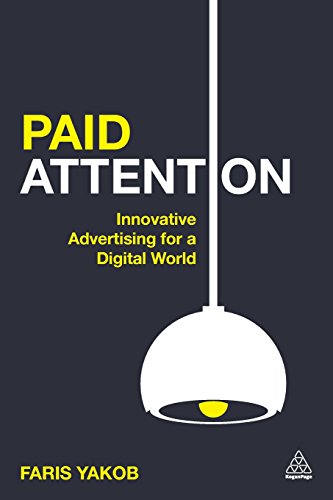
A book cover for Paid Attention: Innovative Advertising for a Digital World; Faris Yakob; Computers & Technology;